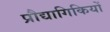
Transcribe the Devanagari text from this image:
प्रौद्यागिकियों